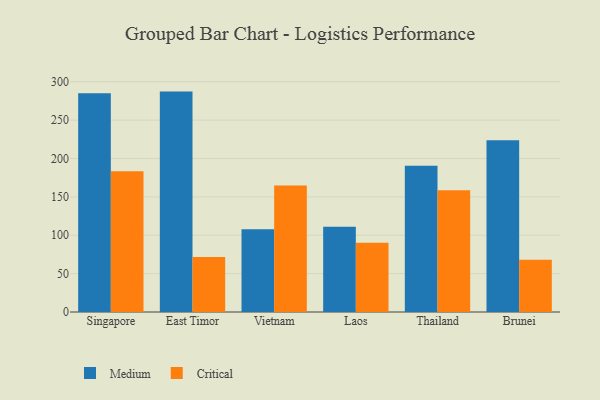
{"axis": {"x": "Country", "y": "Churn Rate (%)"}, "legend": ["Critical", "Medium"], "data": [{"x": "Singapore", "y": 285.0, "type": "Medium"}, {"x": "Singapore", "y": 183.4, "type": "Critical"}, {"x": "East Timor", "y": 287.2, "type": "Medium"}, {"x": "East Timor", "y": 71.7, "type": "Critical"}, {"x": "Vietnam", "y": 107.9, "type": "Medium"}, {"x": "Vietnam", "y": 165.0, "type": "Critical"}, {"x": "Laos", "y": 111.0, "type": "Medium"}, {"x": "Laos", "y": 90.4, "type": "Critical"}, {"x": "Thailand", "y": 190.5, "type": "Medium"}, {"x": "Thailand", "y": 158.7, "type": "Critical"}, {"x": "Brunei", "y": 223.7, "type": "Medium"}, {"x": "Brunei", "y": 68.2, "type": "Critical"}]}